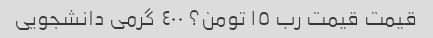
قیمت قیمت رب ١٥ تومن؟ ٤٠٠ گرمى دانشجویى